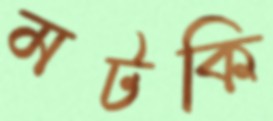
মটকি